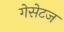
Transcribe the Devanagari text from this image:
गेसेटज